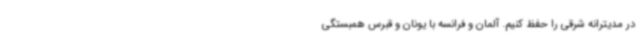
در مدیترانه شرقی را حفظ کنیم. آلمان و فرانسه با یونان و قبرس همبستگی